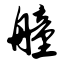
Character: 艟